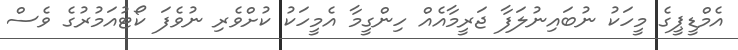
އެމްޑީޕީގެ މީހަކު ނުބައިނުލަފާ ޖަރީމާއެއް ހިންގީމާ އެމީހަކު ކުށްވެރި ނުވެފަ ކޯޓުއަމުރުގެ ވެސް